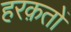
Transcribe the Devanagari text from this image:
हरक़तों